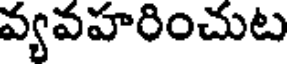
వ్యవహరించుట